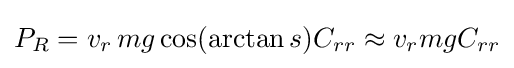
P_{R}=v_{r}\,mg\cos(\arctan s)C_{rr}\approx v_{r}mgC_{rr}